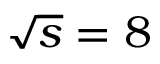
\sqrt { s } = 8